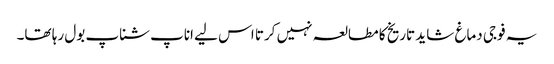
یہ فوجی دماغ شاید تاریخ کا مطالعہ نہیں کرتا اس لیے اناپ شناپ بول رہا تھا۔